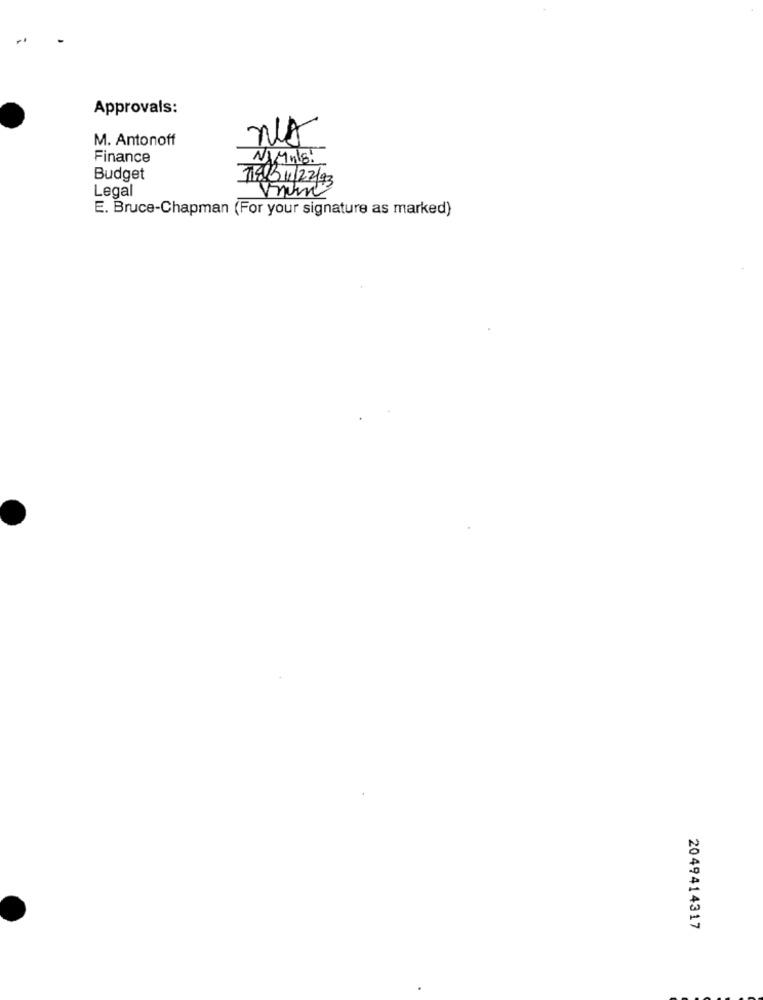
Approvals:
M. Antonoff
No
Finance
NAMnls.
Budget
718/31/22/93
Legal
E. Bruce-Chapman (For your signature as marked)
2049414317